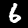
Digit: 6